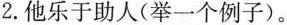
2.他乐于助人(举一个例子)。